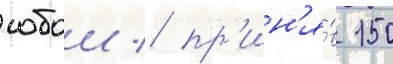
собои / пр'ин'я́в 150